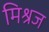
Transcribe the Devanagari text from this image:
मिश्रज